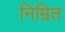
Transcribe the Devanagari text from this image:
निम्रित